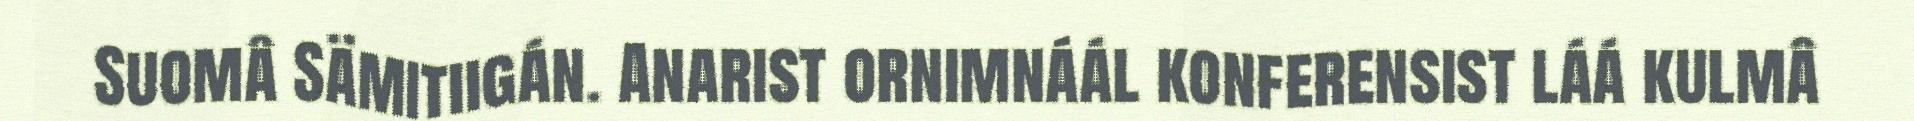
Suomâ Sämitiigán. Anarist ornimnáál konferensist láá kulmâ